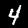
Label: 4